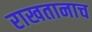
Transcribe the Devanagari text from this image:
राखतानाच